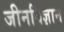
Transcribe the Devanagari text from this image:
जीनविज्ञान